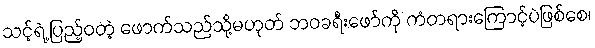
သင့်ရဲ့ ပြည့်ဝတဲ့ ဖောက်သည်သို့မဟုတ် ဘဝခရီးဖော်ကို ကံတရားကြောင့်ပဲဖြစ်စေ၊